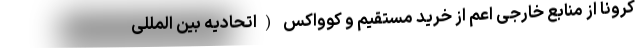
کرونا از منابع خارجی اعم از خرید مستقیم و کوواکس (اتحادیه بین المللی